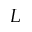
L